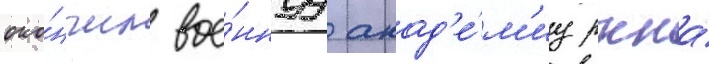
око́нчил вое́ннуу акад'е́м'иу ркка́